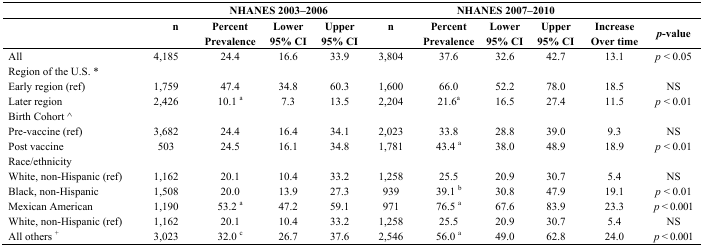
|  |  | <COLSPAN=3> NHANES 2003–2006 |  | <COLSPAN=3> NHANES 2007–2010 | <COLSPAN=2>  |
 |  | n | Percent | Lower | Upper | n | Percent | Lower | Upper | Increase | <ROWSPAN=2> p-value |
 |  |  | Prevalence | 95% CI | 95% CI |  | Prevalence | 95% CI | 95% CI | Over time |
 | --- | --- | --- | --- | --- | --- | --- | --- | --- | --- | --- |
 | All | 4,185 | 24.4 | 16.6 | 33.9 | 3,804 | 37.6 | 32.6 | 42.7 | 13.1 | p < 0.05 |
 | Region of the U.S. * |  |  |  |  |  |  |  |  |  |  |
 | Early region (ref) | 1,759 | 47.4 | 34.8 | 60.3 | 1,600 | 66.0 | 52.2 | 78.0 | 18.5 | NS |
 | Later region | 2,426 | 10.1 a | 7.3 | 13.5 | 2,204 | 21.6a | 16.5 | 27.4 | 11.5 | p < 0.01 |
 | Birth Cohort ^ |  |  |  |  |  |  |  |  |  |  |
 | Pre-vaccine (ref) | 3,682 | 24.4 | 16.4 | 34.1 | 2,023 | 33.8 | 28.8 | 39.0 | 9.3 | NS |
 | Post vaccine | 503 | 24.5 | 16.1 | 34.8 | 1,781 | 43.4 a | 38.0 | 48.9 | 18.9 | p < 0.01 |
 | Race/ethnicity |  |  |  |  |  |  |  |  |  |  |
 | White, non-Hispanic (ref) | 1,162 | 20.1 | 10.4 | 33.2 | 1,258 | 25.5 | 20.9 | 30.7 | 5.4 | NS |
 | Black, non-Hispanic | 1,508 | 20.0 | 13.9 | 27.3 | 939 | 39.1 b | 30.8 | 47.9 | 19.1 | p < 0.01 |
 | Mexican American | 1,190 | 53.2 a | 47.2 | 59.1 | 971 | 76.5 a | 67.6 | 83.9 | 23.3 | p < 0.001 |
 | White, non-Hispanic (ref) | 1,162 | 20.1 | 10.4 | 33.2 | 1,258 | 25.5 | 20.9 | 30.7 | 5.4 | NS |
 | All others + | 3,023 | 32.0 c | 26.7 | 37.6 | 2,546 | 56.0 a | 49.0 | 62.8 | 24.0 | p < 0.001 |